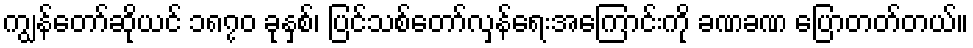
ကျွန်တော်ဆိုယင် ၁၈၇၀ ခုနှစ်၊ ပြင်သစ်တော်လှန်ရေးအကြောင်းကို ခဏခဏ ပြောတတ်တယ်။